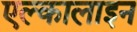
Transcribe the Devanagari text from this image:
एल्कालाइन